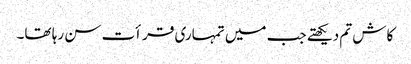
کاش تم دیکھتے جب میں تمہاری قرأت سن رہا تھا۔